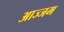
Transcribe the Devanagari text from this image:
आज्जम